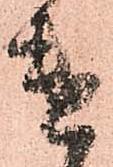
遣